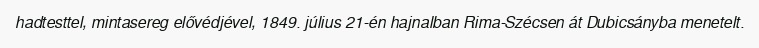
hadtesttel, mintasereg elővédjével, 1849. július 21-én hajnalban Rima-Szécsen át Dubicsányba menetelt.